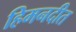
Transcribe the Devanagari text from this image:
हिमनदीत